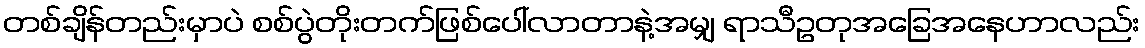
တစ်ချိန်တည်းမှာပဲ စစ်ပွဲတိုးတက်ဖြစ်ပေါ်လာတာနဲ့အမျှ ရာသီဥတုအခြေအနေဟာလည်း